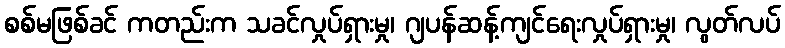
စစ်မဖြစ်ခင် ကတည်းက သခင်လှုပ်ရှားမှု၊ ဂျပန်ဆန့်ကျင်ရေးလှုပ်ရှားမှု၊ လွတ်လပ်